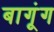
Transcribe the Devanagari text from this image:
बागूंग